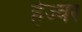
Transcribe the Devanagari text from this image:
हेज्वर